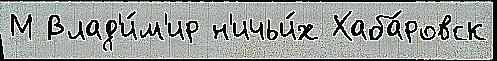
М Влад'и́м'ир н'ичьи́х Хаба́ровск